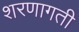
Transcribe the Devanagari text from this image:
शरणागती